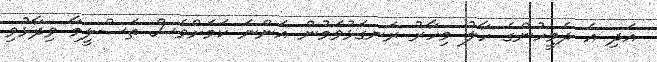
އަދި އެ ދެމީހުންގެ ހާލު މިހާރު ރަނގަޅުވަމުން އަންނަ ކަމަށްވެސް ތަސްލީމާ ވިދާޅުވި